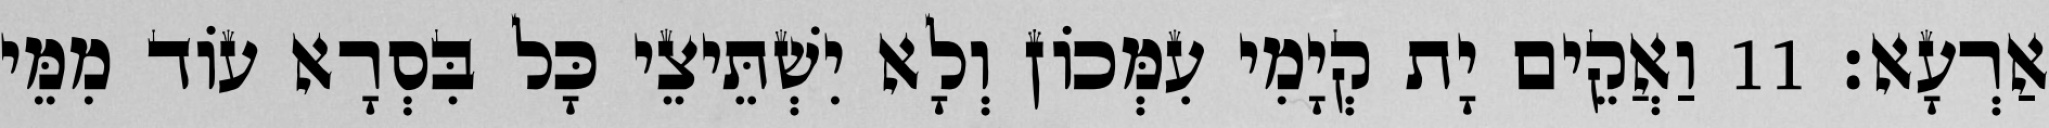
אַרְעָא׃ 11 וַאֲקֵים יָת קְיָמִי עִמְּכוֹן וְלָא יִשְׁתֵּיצֵי כָּל בִּסְרָא עוֹד מִמֵּי